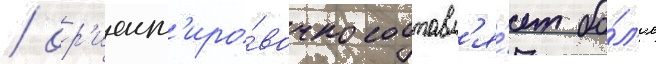
/ ор'иент'иро́вочно составл'я́ет бо́л'ее